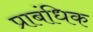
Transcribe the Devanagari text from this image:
प्राबंधिक